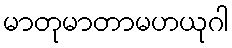
မာတုမာတာမဟယုဂါ